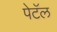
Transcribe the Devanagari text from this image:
पेटॅल